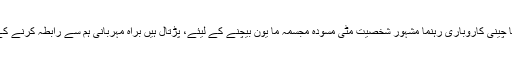
اور اگر آپ کو قیمت میں چین، یا چینی کاروباری رہنما مشہور شخصیت مٹی مسودہ مجسمہ ما یون بيچنے کے ليئے، پڑتال ہیں براہ مہربانی ہم سے رابطہ کرنے کے لئے آزاد محسوس کرتے ہیں ۔